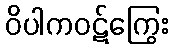
ဝိပါကဝဋ်ကြွေး